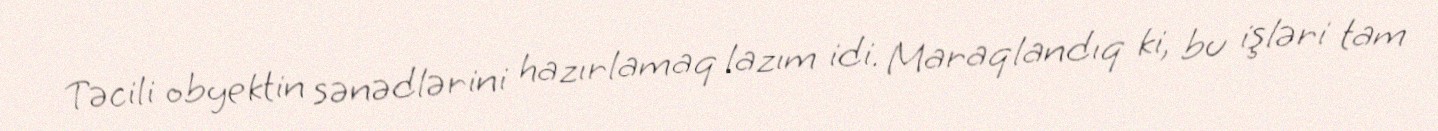
Təcili obyektin sənədlərini hazırlamaq lazım idi. Maraqlandıq ki, bu işləri tam